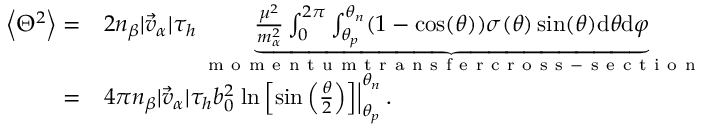
\begin{array} { r l } { \left\langle { { \Theta } ^ { 2 } } \right\rangle = } & { { } 2 n _ { \beta } | \vec { v } _ { \alpha } | \tau _ { h } \underbrace { \frac { \mu ^ { 2 } } { m _ { \alpha } ^ { 2 } } \int _ { 0 } ^ { 2 \pi } \int _ { \theta _ { p } } ^ { \theta _ { n } } ( 1 - \cos ( \theta ) ) \sigma ( \theta ) \sin ( \theta ) \mathrm { d } \theta \mathrm { d } \varphi } _ { \mathrm { ~ m ~ o ~ m ~ e ~ n ~ t ~ u ~ m ~ t ~ r ~ a ~ n ~ s ~ f ~ e ~ r ~ c ~ r ~ o ~ s ~ s ~ - ~ s ~ e ~ c ~ t ~ i ~ o ~ n ~ } } } \\ { = } & { { } 4 \pi n _ { \beta } | \vec { v } _ { \alpha } | \tau _ { h } b _ { 0 } ^ { 2 } \left. \ln \left[ \sin \left( \frac { \theta } { 2 } \right) \right] \right| _ { \theta _ { p } } ^ { \theta _ { n } } . } \end{array}